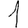
Digit: 1